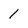
Character: 1